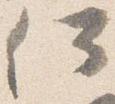
何